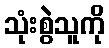
သုံးစွဲသူကို